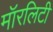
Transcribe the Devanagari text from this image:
मॉरलिटी